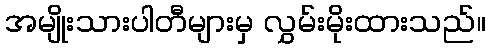
အမျိုးသားပါတီများမှ လွှမ်းမိုးထားသည်။